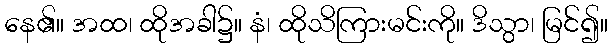
နေ၏။ အထ၊ ထိုအခါ၌။ နံ၊ ထိုသိကြားမင်းကို။ ဒိသွာ၊ မြင်၍။